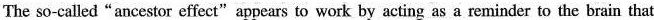
The so-called“ancestor effect"appears to work by acting as a reminder to the brain that